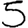
Digit: 5